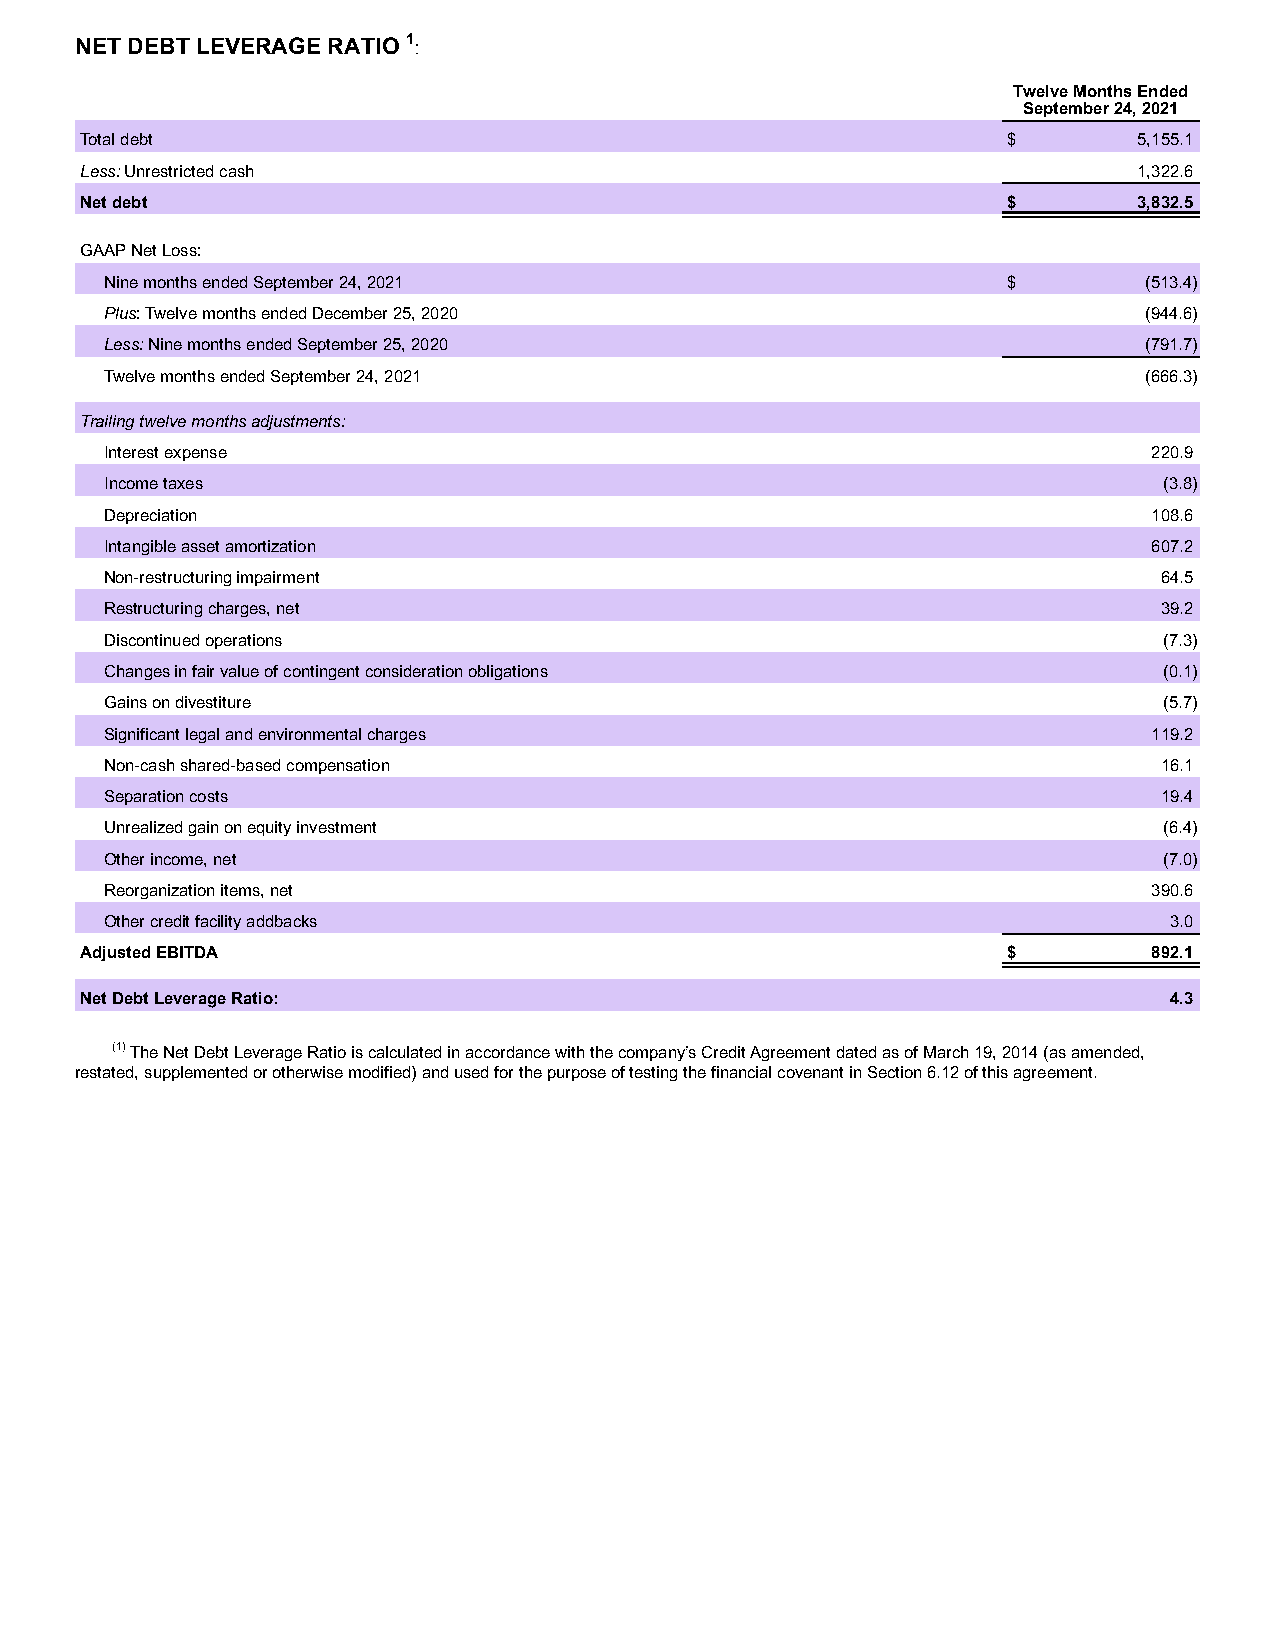
NET DEBT LEVERAGE RATIO 1:
 Twelve Months Ended
 September 24, 2021
 Total debt                                                    $       5,155.1
 Less: Unrestricted cash                                               1,322.6
 Net debt                                                      $       3,832.5
 GAAP Net Loss:
 Nine months ended September 24, 2021                        $        (513.4)
 Plus: Twelve months ended December 25, 2020                          (944.6)
 Less: Nine months ended September 25, 2020                           (791.7)
 Twelve months ended September 24, 2021                               (666.3)
 Trailing twelve months adjustments:
 Interest expense                                                     220.9
 Income taxes                                                          (3.8)
 Depreciation                                                         108.6
 Intangible asset amortization                                        607.2
 Non-restructuring impairment                                          64.5
 Restructuring charges, net                                            39.2
 Discontinued operations                                               (7.3)
 Changes in fair value of contingent consideration obligations         (0.1)
 Gains on divestiture                                                  (5.7)
 Significant legal and environmental charges                          119.2
 Non-cash shared-based compensation                                    16.1
 Separation costs                                                      19.4
 Unrealized gain on equity investment                                  (6.4)
 Other income, net                                                     (7.0)
 Reorganization items, net                                            390.6
 Other credit facility addbacks                                        3.0
 Adjusted EBITDA                                               $        892.1
 Net Debt Leverage Ratio:                                                4.3
 (1) The Net Debt Leverage Ratio is calculated in accordance with the company’s Credit Agreement dated as of March 19, 2014 (as amended,
 restated, supplemented or otherwise modified) and used for the purpose of testing the financial covenant in Section 6.12 of this agreement.